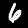
Digit: 6